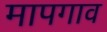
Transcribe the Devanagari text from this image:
मापगाव